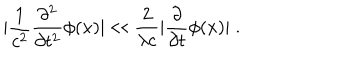
LaTeX: | \frac { 1 } { c ^ { 2 } } \frac { \partial ^ { 2 } } { \partial t ^ { 2 } } \phi ( x ) | \ll \frac { 2 } { \lambda c } | \frac { \partial } { \partial t } \phi ( x ) | \; .